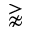
\gnapprox